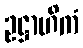
ဥဋ္ဌာဟိကံ